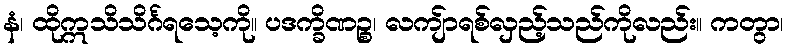
နံ၊ ထိုဣသိသိင်္ဂရသေ့ကို။ ပဒက္ခိဏဉ္စ၊ လကျ်ာရစ်လှည့်သည်ကိုလည်း။ ကတွာ၊